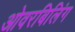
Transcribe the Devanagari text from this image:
ओवरबिलिंग